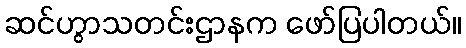
ဆင်ဟွာသတင်းဌာနက ဖော်ပြပါတယ်။